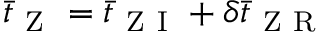
\bar { t } _ { \mathrm { ~ Z ~ } } = \bar { t } _ { \mathrm { ~ Z ~ I ~ } } + \delta \bar { t } _ { \mathrm { ~ Z ~ R ~ } }